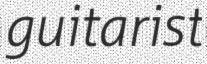
guitarist